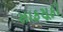
સાફસૂફી